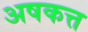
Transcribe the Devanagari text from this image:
अषकत्त